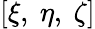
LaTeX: \left[\xi,\ \eta,\ \zeta\right]